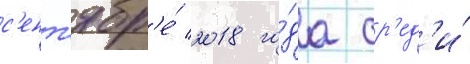
с'ент'ябр'е́ 2018 го́да ср'ед'и́